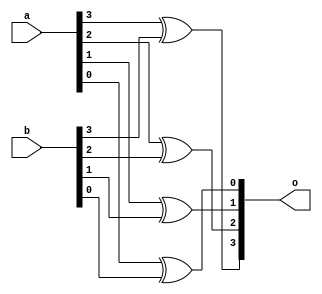
module xorgate(a,b,o);
input [3:0] a,b;
output [3:0] o;
xor x1(o[3],a[3],b[3]);
xor x2(o[2],a[2],b[2]);
xor x3(o[1],a[1],b[1]);
xor x4(o[0],a[0],b[0]);
endmodule